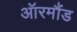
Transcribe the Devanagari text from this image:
ऑरमौंड